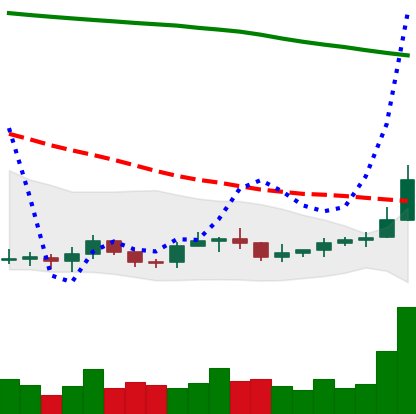
Ticker: ADA-USD
Chart end date: 2019-09-18
Forward return: -13.188%
Label: down_7plus